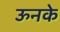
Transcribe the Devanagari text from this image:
ऊनके